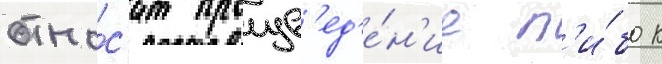
отно́с'ит произв'ед'е́н'ие л'и́бо к